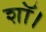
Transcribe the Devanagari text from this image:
शॉ।